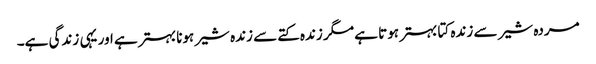
مردہ شیر سے زندہ کتا بہتر ہوتا ہے مگر زندہ کتے سے زندہ شیر ہونا بہتر ہے اور یہی زندگی ہے۔